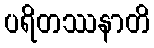
ပရိတဿနာတိ